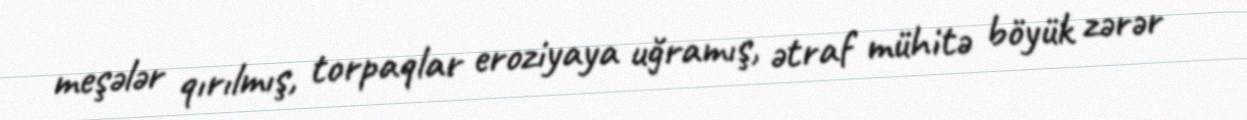
meşələr qırılmış, torpaqlar eroziyaya uğramış, ətraf mühitə böyük zərər